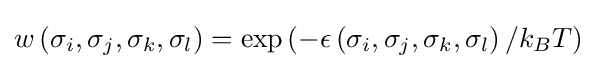
w\left(\sigma _{i},\sigma _{j},\sigma _{k},\sigma _{l}\right)=\exp \left(-\epsilon \left(\sigma _{i},\sigma _{j},\sigma _{k},\sigma _{l}\right)/k_{B}T\right)